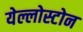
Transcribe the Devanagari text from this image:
येल्लोस्टोन